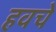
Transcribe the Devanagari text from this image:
हवचे